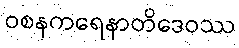
ဝစနကရေနာတိဒေဝဿ